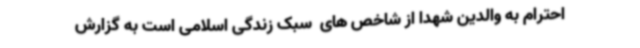
احترام به والدین شهدا از شاخص های  سبک زندگی اسلامی است به گزارش